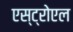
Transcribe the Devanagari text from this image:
एस्ट्रोएल